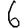
Digit: 6